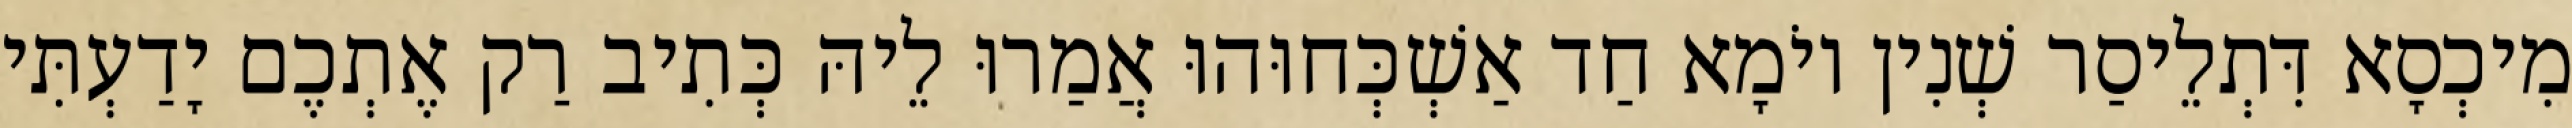
מִיכְסָא דִּתְלֵיסַר שְׁנִין יוֹמָא חַד אַשְׁכְּחוּהוּ אֲמַרוּ לֵיהּ כְּתִיב רַק אֶתְכֶם יָדַעְתִּי